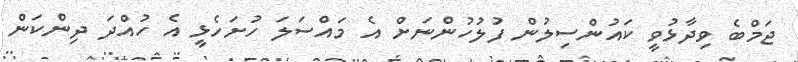
ޖަމްބެ ވިދާޅުވީ ކައުންސިލުން ފުލުހުންނަށް އެ މައްސަލަ ހުށަހެޅީ އެ ހުއްދަ ދިންކަން